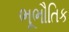
ભૂભૌતિક